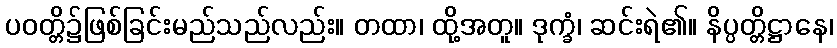
ပဝတ္တိ၌ဖြစ်ခြင်းမည်သည်လည်း။ တထာ၊ ထို့အတူ။ ဒုက္ခံ၊ ဆင်းရဲ၏။ နိပ္ပတ္တိဋ္ဌာနေ၊